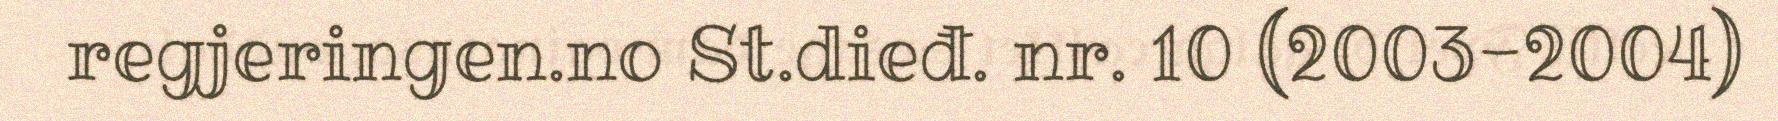
regjeringen.no St.dieđ. nr. 10 (2003-2004)